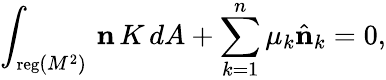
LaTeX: \int_{{\mathrm{\small{reg}}}(M^{2})}\, {\mathbf n}\, K\, dA+\sum_{k=1}^{n}\mu_{k}\hat{\mathbf n}_{k}=0,